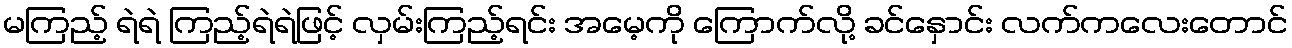
မကြည့် ရဲရဲ ကြည့်ရဲရဲဖြင့် လှမ်းကြည့်ရင်း အမေ့ကို ကြောက်လို့ ခင်နှောင်း လက်ကလေးတောင်